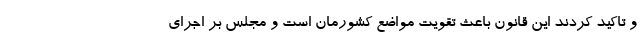
و تاکید کردند این قانون باعث تقویت مواضع کشورمان است و مجلس بر اجرای